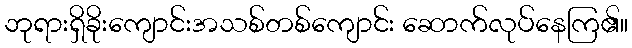
ဘုရားရှိခိုးကျောင်းအသစ်တစ်ကျောင်း ဆောက်လုပ်နေကြ၏။